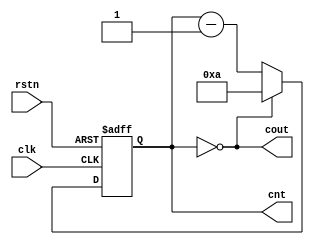
module counter10 (
    // ports
    input           rstn,
    input           clk,
    output [3:0]    cnt,
    output          cout);

    reg [3:0] cnt_reg;

    always @(posedge clk, negedge rstn) begin
        if (!rstn)
            cnt_reg <= 4'd10;
        else if (cnt_reg == 4'd0) begin
            cnt_reg <= 4'd10;
        end else begin
            cnt_reg <= cnt_reg - 1'b1;
        end
    end

    assign cout = (cnt_reg == 4'd0);
    assign cnt = cnt_reg;
    
endmodule